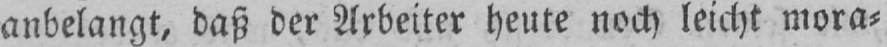
anbelangt, daß der Arbeiter heute noch leicht mora⸗